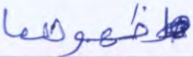
ظهورهما